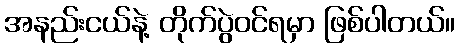
အနည်းငယ်နဲ့ တိုက်ပွဲဝင်ရမှာ ဖြစ်ပါတယ်။